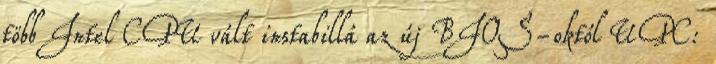
több Intel CPU vált instabillá az új BIOS-októl UPC: